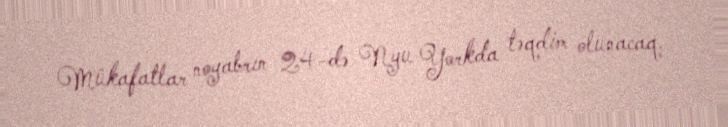
Mükafatlar noyabrın 24-də Nyu Yorkda təqdim olunacaq.